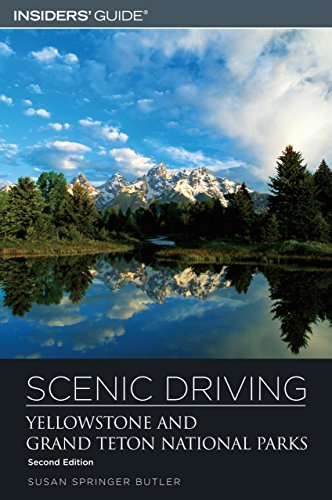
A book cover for Scenic Driving Yellowstone and Grand Teton National Parks, 2nd (Scenic Routes & Byways); Susan Springer Butler; Travel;